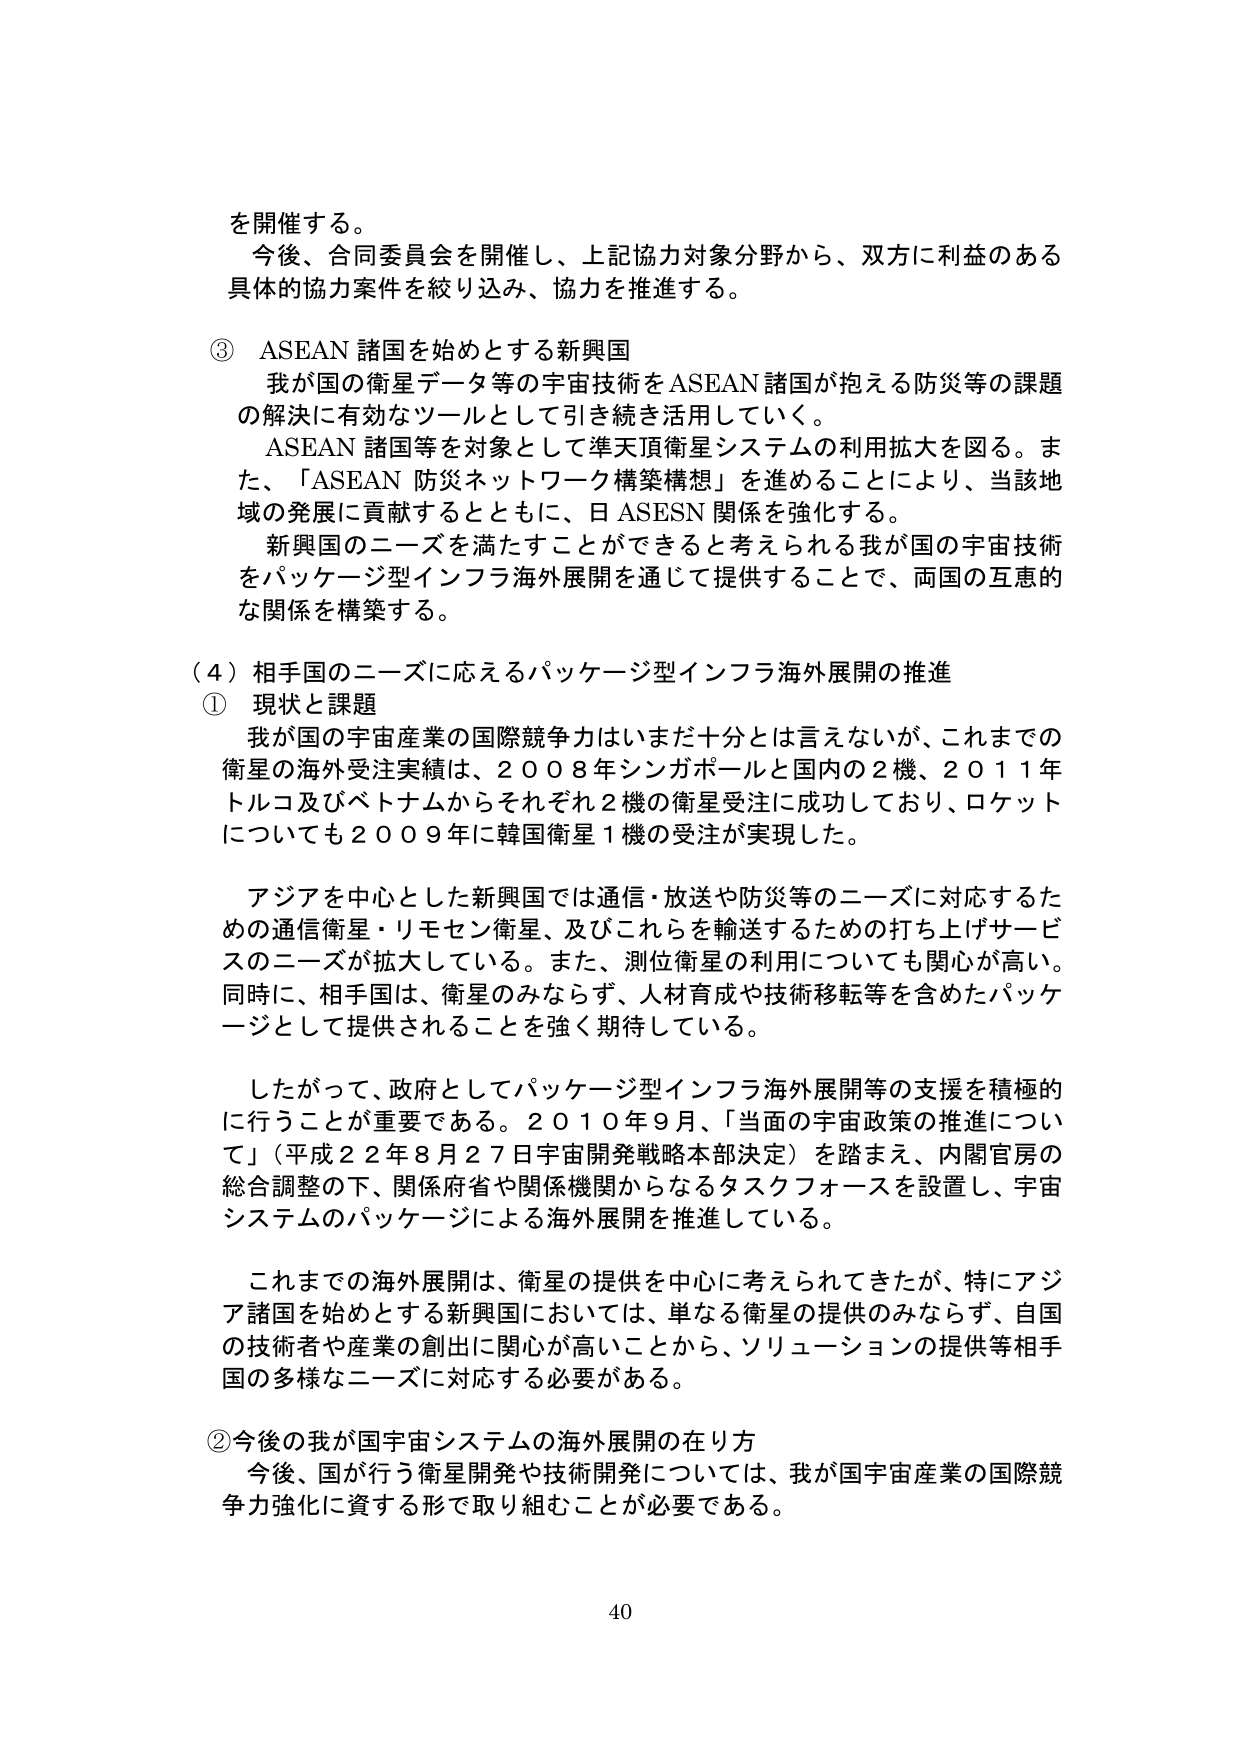
を開催する。
今後、合同委員会を開催し、上記協力対象分野から、双方に利益のある
具体的協力案件を絞り込み、協力を推進する。

③ ASEAN 諸国を始めとする新興国
我が国の衛星データ等の宇宙技術をASEAN 諸国が抱える防災等の課題
の解決に有効なツールとして引き続き活用していく。
ASEAN 諸国等を対象として準天頂衛星システムの利用拡大を図る。ま
た、「ASEAN 防災ネットワーク構築構想」を進めることにより、当該地
域の発展に貢献するとともに、日ASESN 関係を強化する。
新興国のニーズを満たすことができると考えられる我が国の宇宙技術
をパッケージ型インフラ海外展開を通じて提供することで、両国の互恵的
な関係を構築する。

（４）相手国のニーズに応えるパッケージ型インフラ海外展開の推進
① 現状と課題
我が国の宇宙産業の国際競争力はいまだ十分とは言えないが、これまでの
衛星の海外受注実績は、２００８年シンガポールと国内の２機、２０１１年
トルコ及びベトナムからそれぞれ２機の衛星受注に成功しており、ロケット
についても２００９年に韓国衛星１機の受注が実現した。

アジアを中心とした新興国では通信・放送や防災等のニーズに対応するた
めの通信衛星・リモセン衛星、及びこれらを輸送するための打ち上げサービ
スのニーズが拡大している。また、測位衛星の利用についても関心が高い。
同時に、相手国は、衛星のみならず、人材育成や技術移転等を含めたパッケ
ージとして提供されることを強く期待している。

したがって、政府としてパッケージ型インフラ海外展開等の支援を積極的
に行うことが重要である。２０１０年９月、「当面の宇宙政策の推進につい
て」（平成２２年８月２７日宇宙開発戦略本部決定）を踏まえ、内閣官房の
総合調整の下、関係府省や関係機関からなるタスクフォースを設置し、宇宙
システムのパッケージによる海外展開を推進している。

これまでの海外展開は、衛星の提供を中心に考えられてきたが、特にアジ
ア諸国を始めとする新興国においては、単なる衛星の提供のみならず、自国
の技術者や産業の創出に関心が高いことから、ソリューションの提供等相手
国の多様なニーズに対応する必要がある。

② 今後の我が国宇宙システムの海外展開の在り方
今後、国が行う衛星開発や技術開発については、我が国宇宙産業の国際競
争力強化に資する形で取り組むことが必要である。

40